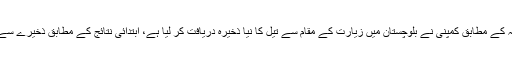
ماری پیٹرولیم لمیٹڈ کے جاری اعلامیہ کے مطابق کمپنی نے بلوچستان میں زیارت کے مقام سے تیل کا نیا ذخیرہ دریافت کر لیا ہے، ابتدائی نتائج کے مطابق ذخیرے سے یومیہ 1500 بیرل تیل نکل رہا ہے۔